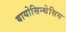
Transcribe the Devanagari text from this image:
बायोसिन्थेसिस